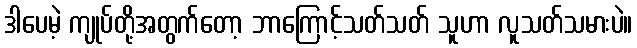
ဒါပေမဲ့ ကျုပ်တို့အတွက်တော့ ဘာကြောင့်သတ်သတ် သူဟာ လူသတ်သမားပဲ။